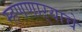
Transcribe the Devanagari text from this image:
म्हणणाऱ्याचे